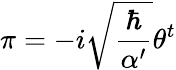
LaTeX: \pi=-i\sqrt{\frac{\hbar}{\alpha^{\prime}}}\theta^{t}